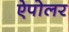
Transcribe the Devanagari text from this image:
ऐपोलर